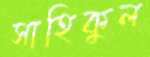
সাহিকুল